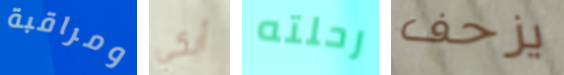
ومراقبة أبكي رحلته يزحف